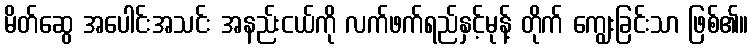
မိတ်ဆွေ အပေါင်းအသင်း အနည်းငယ်ကို လက်ဖက်ရည်နှင့်မုန့် တိုက် ကျွေးခြင်းသာ ဖြစ်၏။